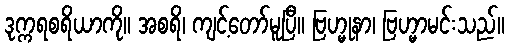
ဒုက္ကရစရိယာကို။ အစရိ၊ ကျင့်တော်မူပြီ။ ဗြဟ္မုနာ၊ ဗြဟ္မာမင်းသည်။